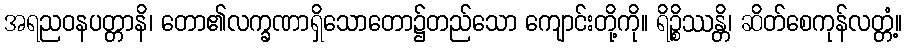
အရညဝနပတ္တာနိ၊ တော၏လက္ခဏာရှိသောတော၌တည်သော ကျောင်းတို့ကို။ ရိဉ္စိဿန္တိ၊ ဆိတ်စေကုန်လတ္တံ့။